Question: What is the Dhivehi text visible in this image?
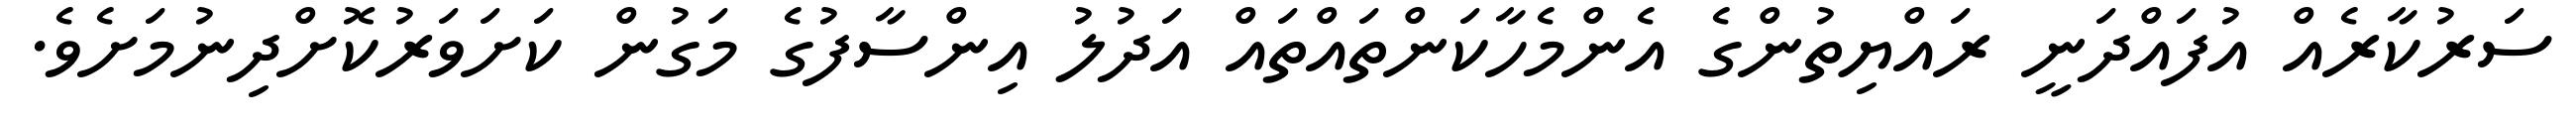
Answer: ސަރުކާރެއް އުފައްދަނީ ރައްޔިތުންގެ އެންމެހާކަންތައްތައް އަދުލު އިންސާފުގެ މަގުން ކަށަވަރުކޮށްދިނުމަށެވެ.